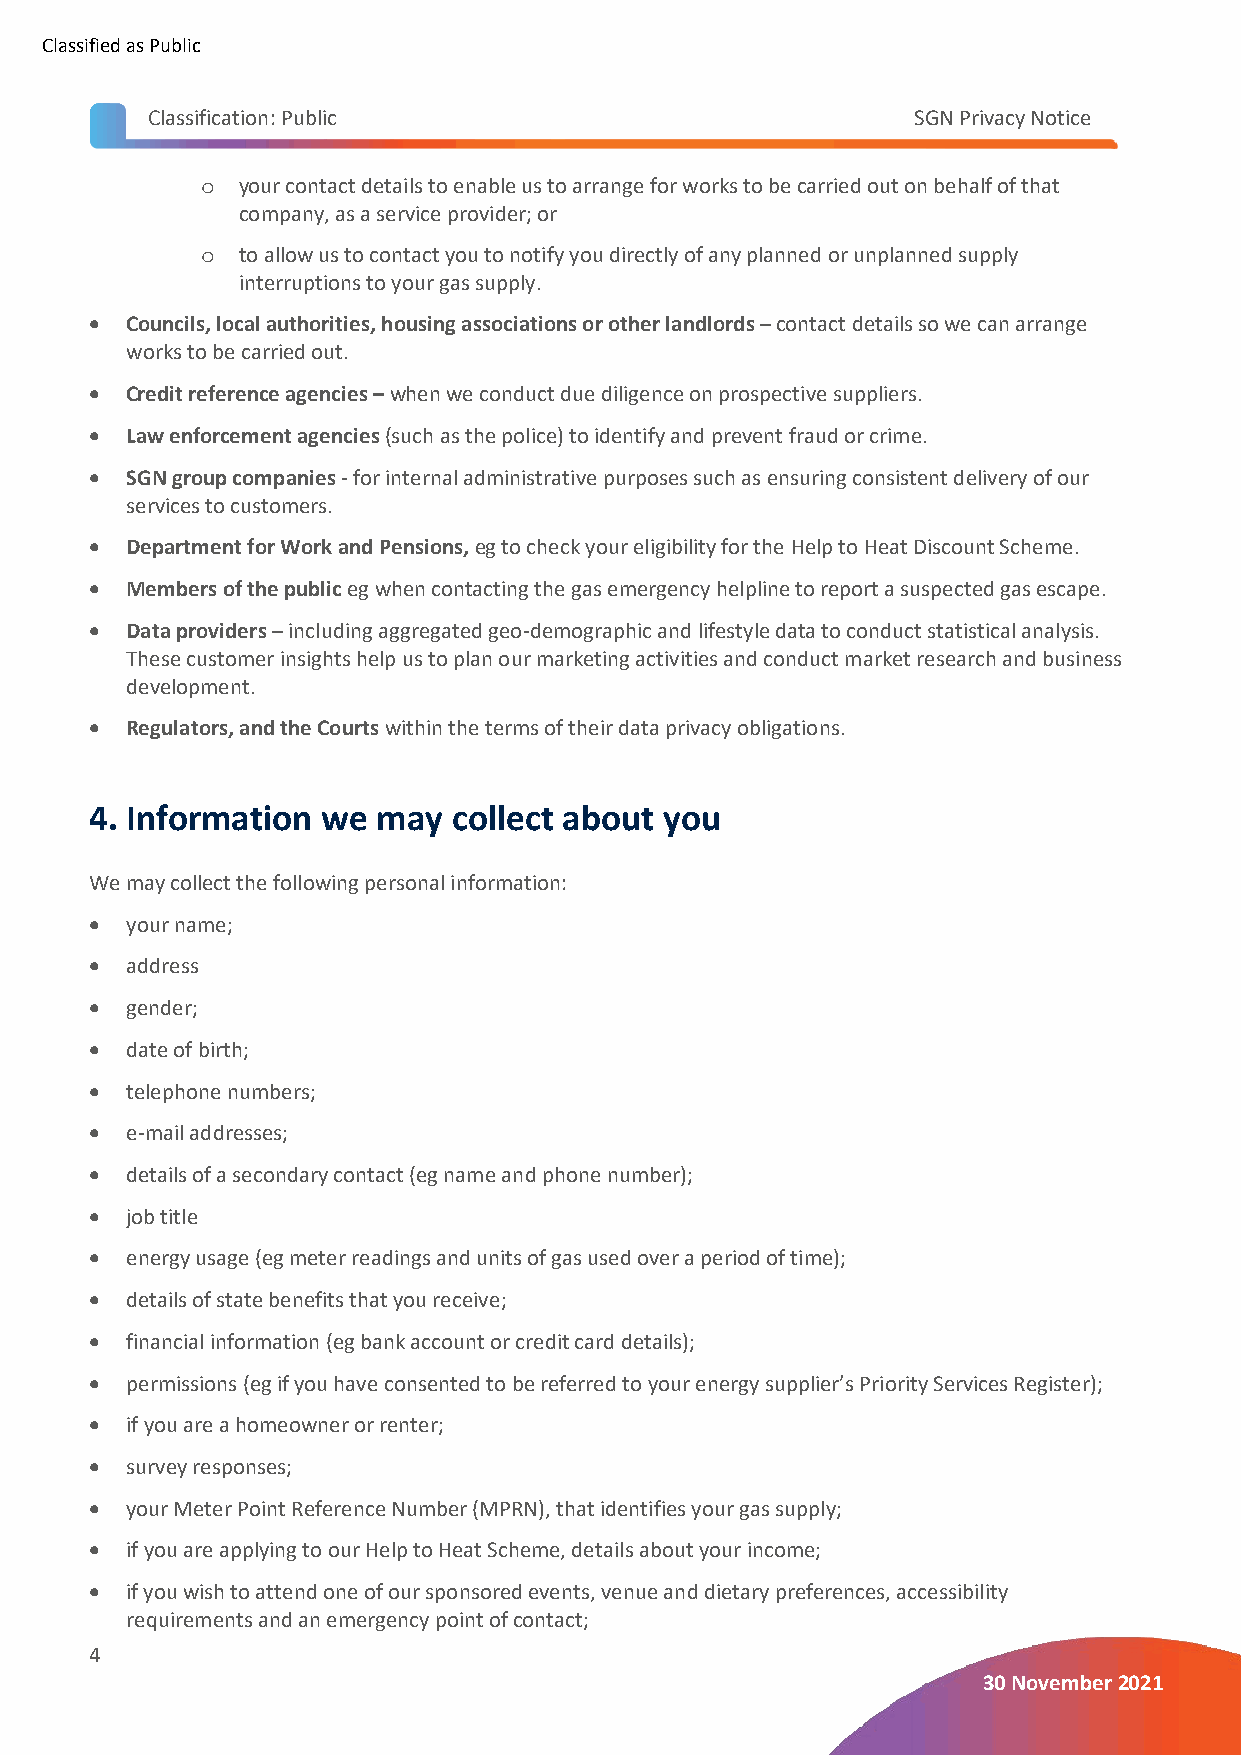
Classified as Public
 Classification: Public                            SGN Privacy Notice
 your contact details to enable us to arrange for works to be carried out on behalf of that
 o
 company, as a service provider; or
 to allow us to contact you to notify you directly of any planned or unplanned supply
 o
 interruptions to your gas supply.
 • Councils, local authorities, housing associations or other landlords – contact details so we can arrange
 works to be carried out.
 • Credit reference agencies – when we conduct due diligence on prospective suppliers.
 • Law enforcement agencies (such as the police) to identify and prevent fraud or crime.
 • SGN group companies - for internal administrative purposes such as ensuring consistent delivery of our
 services to customers.
 • Department for Work and Pensions, eg to check your eligibility for the Help to Heat Discount Scheme.
 • Members of the public eg when contacting the gas emergency helpline to report a suspected gas escape.
 • Data providers – including aggregated geo-demographic and lifestyle data to conduct statistical analysis.
 These customer insights help us to plan our marketing activities and conduct market research and business
 development.
 • Regulators, and the Courts within the terms of their data privacy obligations.
 4. Information we  may  collect about you
 We may collect the following personal information:
 • your name;
 • address
 • gender;
 • date of birth;
 • telephone numbers;
 • e-mail addresses;
 • details of a secondary contact (eg name and phone number);
 • job title
 • energy usage (eg meter readings and units of gas used over a period of time);
 • details of state benefits that you receive;
 • financial information (eg bank account or credit card details);
 • permissions (eg if you have consented to be referred to your energy supplier’s Priority Services Register);
 • if you are a homeowner or renter;
 • survey responses;
 • your Meter Point Reference Number (MPRN), that identifies your gas supply;
 • if you are applying to our Help to Heat Scheme, details about your income;
 • if you wish to attend one of our sponsored events, venue and dietary preferences, accessibility
 requirements and an emergency point of contact;
 4
 30 November 2021